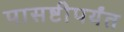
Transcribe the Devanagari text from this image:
पासष्टीपर्यंत